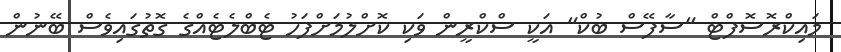
މައިކްރޮސޮފްޓް "ސާފޭސް ބުކް" އަކީ ސްކްރީން ވަކި ކޮށްލުމަށްފަހު ޓެބްލެޓެއްގެ ގޮތުގައިވެސް ބޭނުން